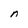
Character: n